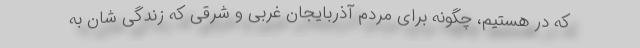
که در هستیم، چگونه برای مردم آذربایجان غربی و شرقی که زندگی شان به